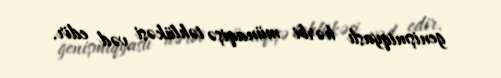
genişmiqyaslı hərbi münaqişə təhlükəsi vəd edir.